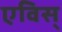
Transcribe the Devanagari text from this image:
एविस्